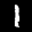
Label: 1